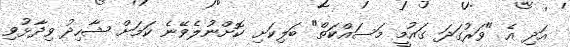
އަދި އެ "ވަރުގަދަ ގައުމީ މަސައްކަތް" ބަލިކަށި ކޮށްނުލެވޭނެ ކަމަށް ޝާހިދު ވިދާޅުވި